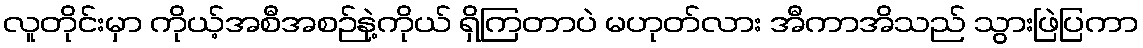
လူတိုင်းမှာ ကိုယ့်အစီအစဉ်နဲ့ကိုယ် ရှိကြတာပဲ မဟုတ်လား အီကာအိသည် သွားဖြဲပြကာ